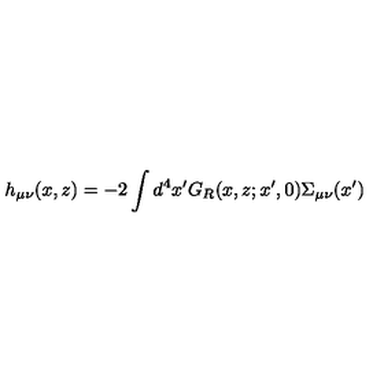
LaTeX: h _ { \mu \nu } ( x , z ) = - 2 \int d ^ { 4 } x ^ { \prime } G _ { R } ( x , z ; x ^ { \prime } , 0 ) \Sigma _ { \mu \nu } ( x ^ { \prime } )